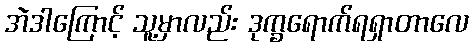
အဲဒါကြောင့် သူ့မှာလည်း ဒုက္ခရောက်ရရှာတာလေ